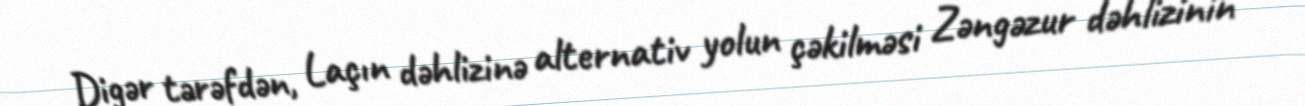
Digər tərəfdən, Laçın dəhlizinə alternativ yolun çəkilməsi Zəngəzur dəhlizinin